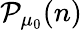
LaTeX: \mathcal{P}_{\mu_{0}}(n)